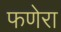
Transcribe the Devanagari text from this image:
फणेरा